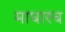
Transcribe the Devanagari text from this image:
माघारच